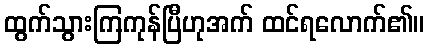
ထွက်သွားကြကုန်ပြီဟုအက် ထင်ရလောက်၏။